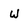
Character: w